Indian journal of veterinary science and animal husbandry - Volume 1,
Year: 1931
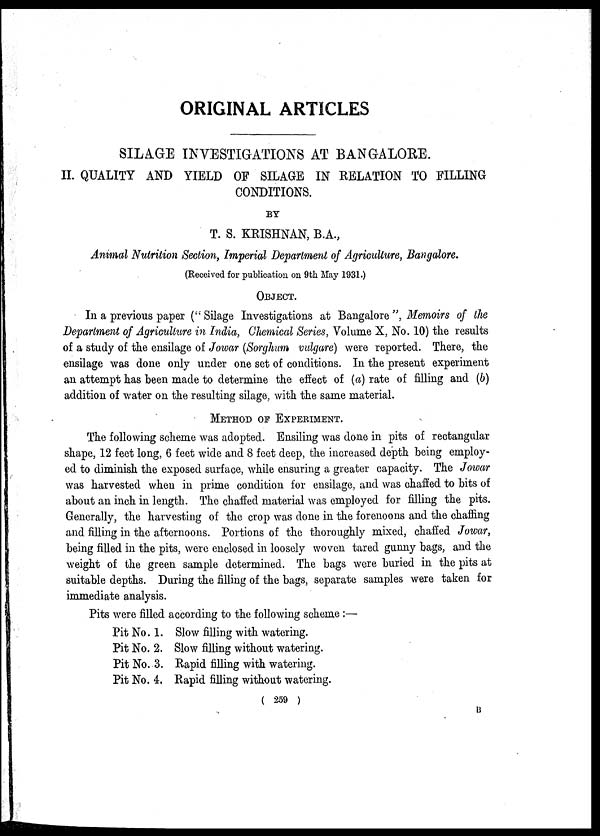
ORIGINAL ARTICLES
SILAGE INVESTIGATIONS AT BANGALORE.
II. QUALITY AND YIELD OF SILAGE IN RELATION TO FILLING
CONDITIONS.
BY
T. S. KRISHNAN, B.A.,
Animal Nutrition Section, Imperial Department of Agriculture, Bangalore.
(Received for publication on 9th May 1931.)
OBJECT.
In a previous paper (" Silage Investigations at Bangalore ", Memoirs of the
Department of Agriculture in India, Chemical Series, Volume X, No. 10) the results
of a study of the ensilage of Jowar (Sorghum vulgare) were reported. There, the
ensilage was done only under one set of conditions. In the present experiment
an attempt has been made to determine the effect of (a) rate of filling and (b)
addition of water on the resulting silage, with the same material.
METHOD OF EXPERIMENT.
The following scheme was adopted. Ensiling was done in pits of rectangular
shape, 12 feet long, 6 feet wide and 8 feet deep, the increased depth being employ-
ed to diminish the exposed surface, while ensuring a greater capacity. The Jowar
was harvested when in prime condition for ensilage, and was chaffed to bits of
about an inch in length. The chaffed material was employed for filling the pits.
Generally, the harvesting of the crop was done in the forenoons and the chaffing
and filling in the afternoons. Portions of the thoroughly mixed, chaffed Jowar,
being filled in the pits, were enclosed in loosely woven tared gunny bags, and the
weight of the green sample determined. The bags were buried in the pits at
suitable depths. During the filling of the bags, separate samples were taken for
immediate analysis.
Pits were filled according to the following scheme :—
Pit No. 1. Slow filling with watering.
Pit No. 2. Slow filling without watering.
Pit No. 3. Rapid filling with watering.
Pit No. 4. Rapid filling without watering.
( 259 )
B